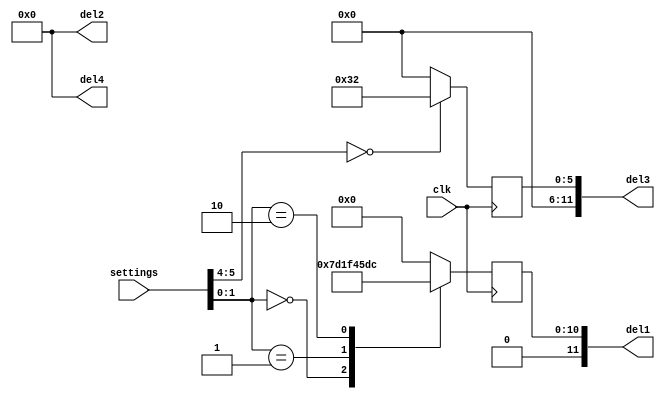
`timescale 1ns / 1ps
//////////////////////////////////////////////////////////////////////////////////
// Company: 
// Engineer: 
// 
// Design Name: 
// Module Name:    delays 
// Project Name: 
// Target Devices: 
// Tool versions: 
// Description: 
//
// Dependencies: 
//
// Revision: 
// Revision 0.01 - File Created
// Additional Comments: 
//
//////////////////////////////////////////////////////////////////////////////////
module delays(
    clk, settings, del1, del2, del3, del4
    );

    input clk;
    input [7:0] settings;
    output reg [11:0] del1;
    output reg [11:0] del2;
    output reg [11:0] del3;
    output reg [11:0] del4;

    initial begin
        del1 = 0;
        del2 = 0;
        del3 = 0;
        del4 = 0;
    end

    always @ (posedge clk) begin //delay is factored in .001 seconds, every 1 delay is a .001s delay
        case(settings[1:0]) //echo
            2'b00: del1 = 500; //.5s delay
            2'b01: del1 = 1000; //1s delay
            2'b10: del1 = 1500; //1.5s delay
            default: del1 = 0;
        endcase
        
        case(settings[3:2]) //chorus
            2'b00: del2 = 0;//slow sine
            2'b01: del2 = 0;//med sine
            2'b10: del2 = 0;//fast sine
            default: del2 = 0;
        endcase
        
        case(settings[5:4]) //phaser
            2'b00: del3 = 50; //fixed phase
            2'b01: del3 = 0;//sine phase
            2'b10: del3 = 0;//sawtooth phase
            default: del3 = 0;
        endcase
        
        case(settings[7:6]) //reverb
            2'b00: del4 = 0;
            2'b01: del4 = 0;
            2'b10: del4 = 0;
            default: del4 = 0;
        endcase
    end

endmodule